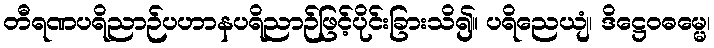
တီရဏပရိညာဉ်ပဟာနပရိညာဉ်ဖြင့်ပိုင်းခြားသိ၍။ ပရိညေယျံ၊ ဒိဋ္ဌေဝဓမ္မေ၊